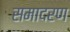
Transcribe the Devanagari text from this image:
समादरण